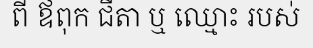
ពី ឪពុក ជីតា ឬ ឈ្មោះ របស់